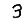
Digit: 3